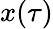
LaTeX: x(\tau)